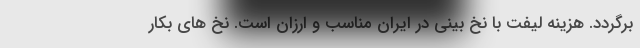
برگردد. هزینه لیفت با نخ بینی در ایران مناسب و ارزان است. نخ های بکار